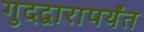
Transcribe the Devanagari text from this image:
गुदद्वारापर्यंत